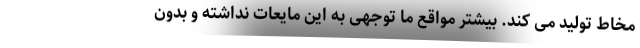
مخاط تولید می کند. بیشتر مواقع ما توجهی به این مایعات نداشته و بدون